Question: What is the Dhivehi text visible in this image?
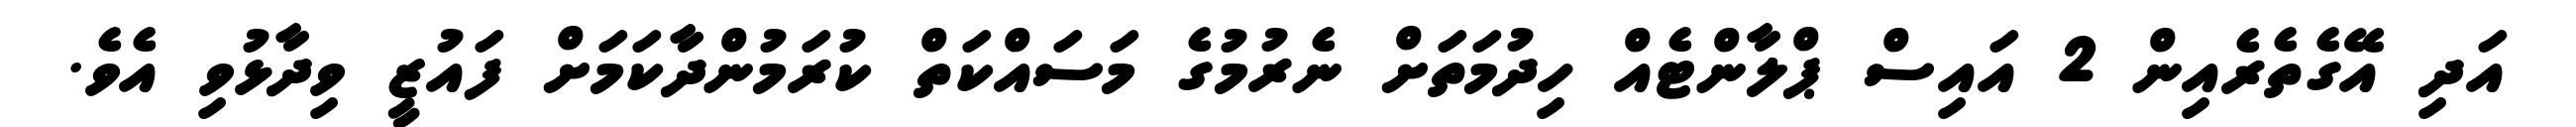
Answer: އަދި އޭގެތެރެއިން 2 އައިސް ޕްލާންޓެއް ހިދުމަތަށް ނެރުމުގެ މަސައްކަތް ކުރަމުންދާކަމަށް ފައުޒީ ވިދާޅުވި އެވެ.